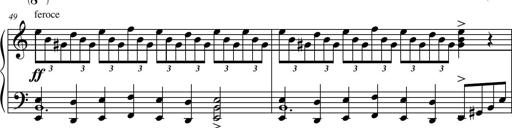
Title: Suite in the Old Style
Composer: Tyler Versluis